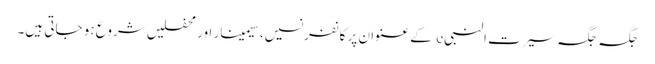
جگہ جگہ سیرت النبیe کے عنوان پر کانفرنسیں، سیمینار اور محفلیں شروع ہو جاتی ہیں۔